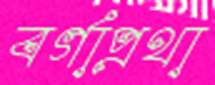
বর্গাপ্রথা